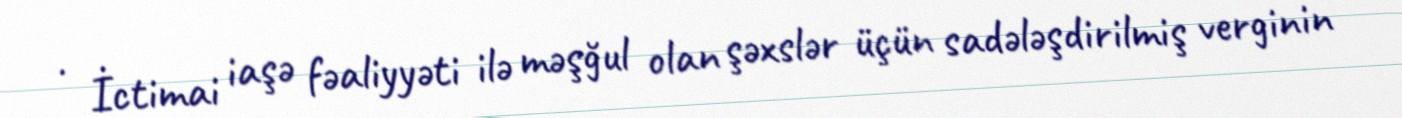
· İctimai iaşə fəaliyyəti ilə məşğul olan şəxslər üçün sadələşdirilmiş verginin